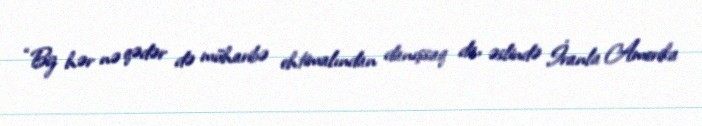
“Biz hər nə qədər də müharibə ehtimalından danışsaq da, əslində İranla Amerika